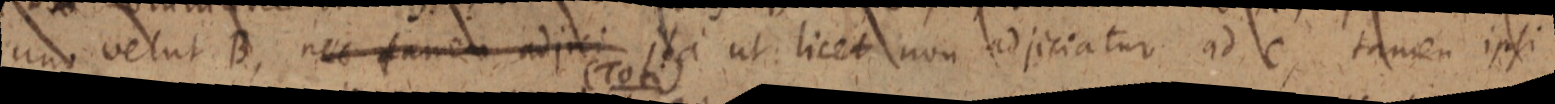
uno velut B, nec tamen ad jeci ita ut licet non ad jeciatur ad C, tamen ipsi